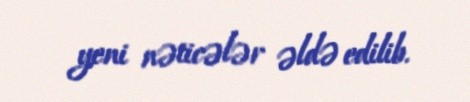
yeni nəticələr əldə edilib.